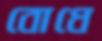
বোধে